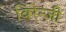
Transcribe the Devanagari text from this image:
बिरेन्जी